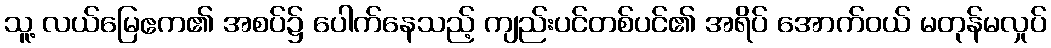
သူ့ လယ်မြေဧက၏ အစပ်၌ ပေါက်နေသည့် ကျည်းပင်တစ်ပင်၏ အရိပ် အောက်ဝယ် မတုန်မလှုပ်